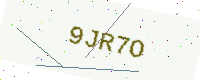
Text: 9JR7O